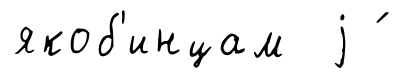
якоб'инцам j ́